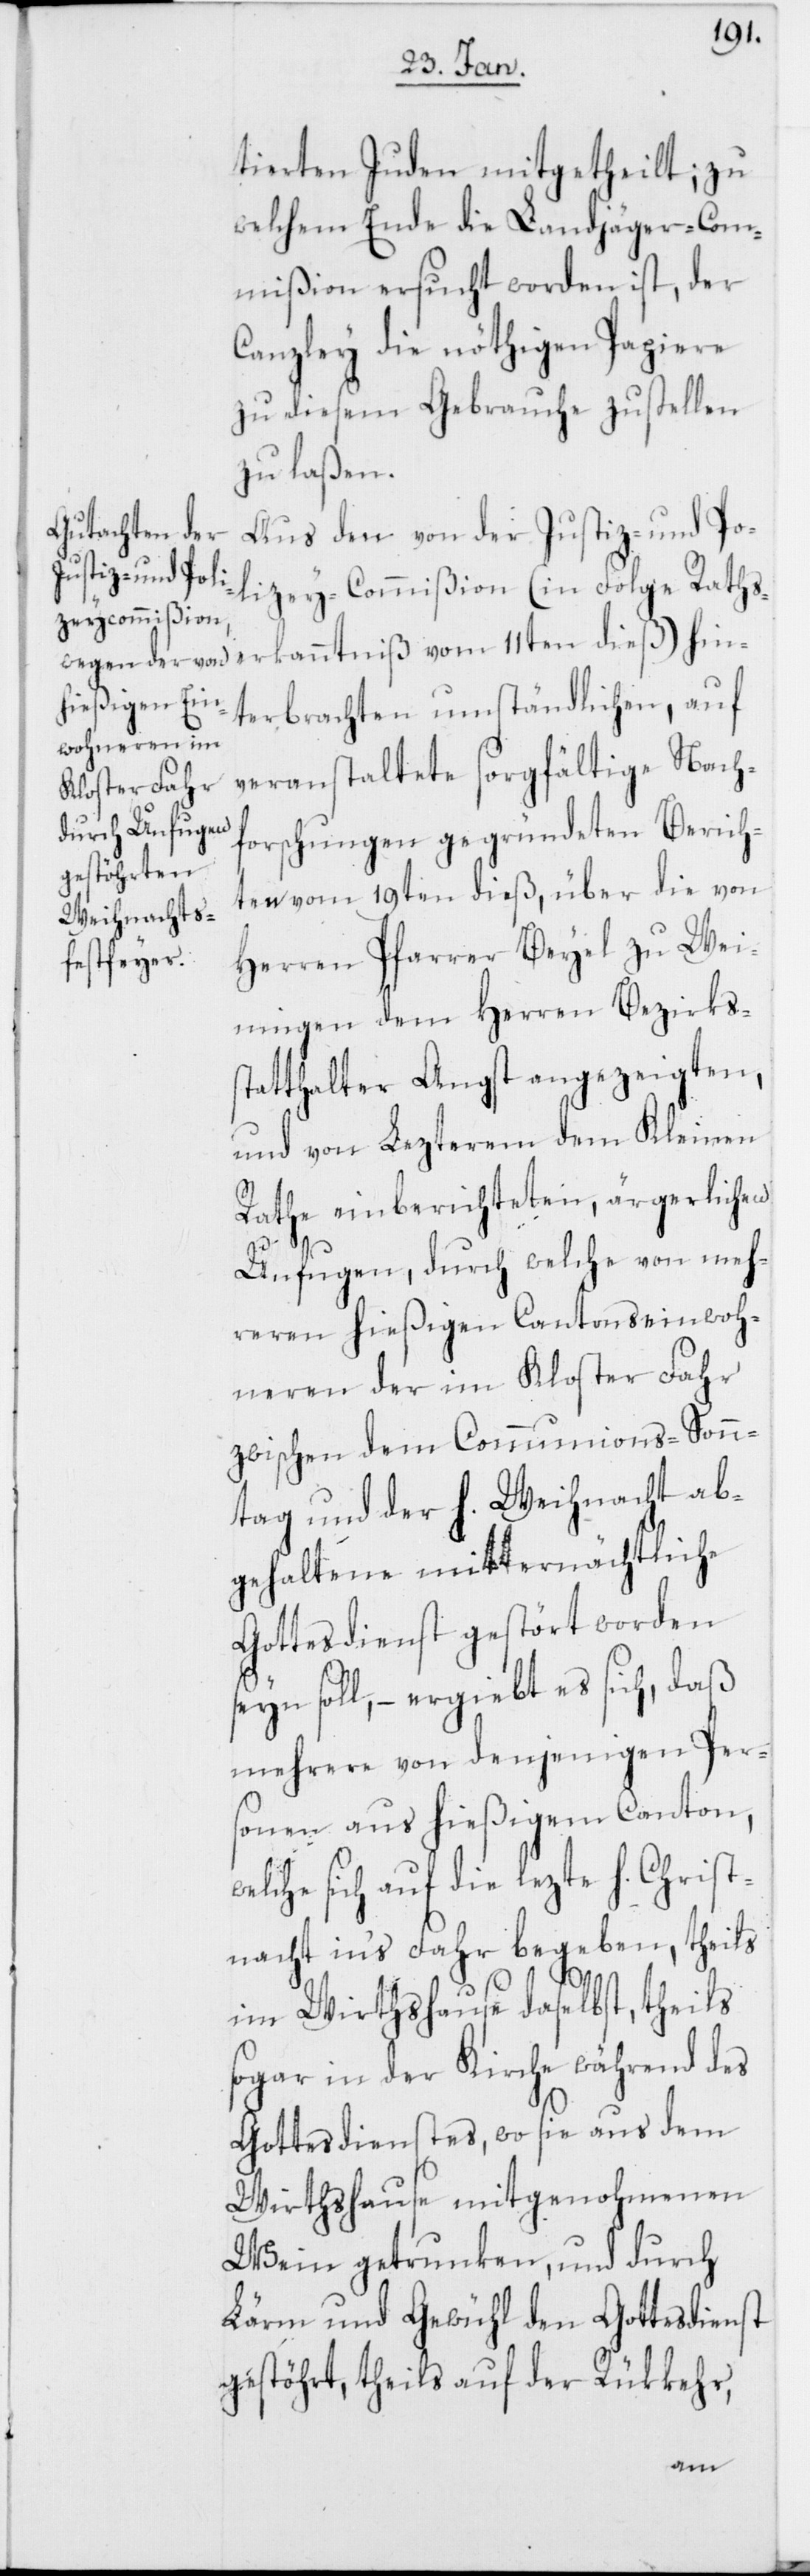
tierten Juden mitgetheilt; zu
welchem Ende die Landjäger-Com¬
mißion ersucht worden ist, der
Canzley die nöthigen Papiere
zu diesem Gebrauche zustellen
zu laßen.
Aus den von der Justiz- und Po¬
lizey-Commißion (in Folge Rats¬
erkanntniß vom 11ten dieß) hin¬
terbrachten umständlichen, auf
veranstaltete sorgfältige Nach¬
forschungen gegründeten Berich¬
ten vom 19ten dieß, über die von
Herren Pfarrer Beyel zu Wei¬
ningen dem Herren Bezirks¬
statthalter Angst angezeigten,
und von Lezterem dem Kleinen
Rathe einberichteten, ärgerlichen
Unfugen, durch welche von meh¬
reren hießigen Cantonseinwoh¬
neren der im Kloster Fahr
zwischen dem Communions-Sonn¬
tag und der h. Weihnacht ab¬
gehaltene mitternächtliche
Gottesdienst gestört worden
seyn soll, – ergiebt es sich, daß
mehrere von denjenigen Per¬
sonen aus hießigem Canton,
welche sich auf die lezte h. Christ¬
nacht in’s Fahr begeben, theils
im Wirthshause daselbst, theils
sogar in der Kirche während des
Gottesdienstes, wo sie aus dem
Wirthshause mitgenohmenen
Wein getrunken, und durch
Lärm und Gewühl den Gottesdienst
gestöhrt, theils auf der Rükkehr,